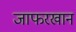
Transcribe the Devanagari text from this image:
जाफरखान